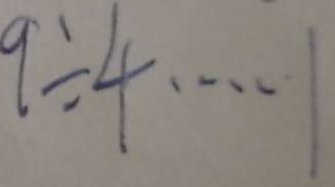
9 \div 4 \cdots 1